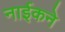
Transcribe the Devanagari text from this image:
नाईकने